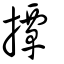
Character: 撢